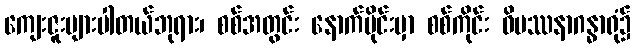
ကျေးဇူးများပါတယ်ဘုရား၊ စစ်အတွင်း နောက်ပိုင်းမှာ စစ်ကိုင်း ဝိပဿနာဂန္ဓာရုံ၌